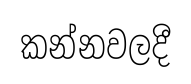
කන්නවලදී